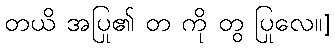
တယိ အပြု၏ တ ကို တွ ပြုလေ။]